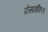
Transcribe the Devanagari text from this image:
प्रोसाइकिल